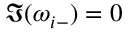
\Im ( \omega _ { i - } ) = 0